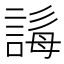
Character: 𧩒